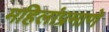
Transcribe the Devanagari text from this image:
महिलांप्रमाणे